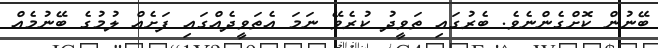
ބޭނުން ކޮށްގެންނެވެ. ބެރުގައި ތަވީދު ކުރެވޭ ނަމަ އެތަވީދެއްގައި ފަށެއް ލުމުގެ ބޭނުމެއް